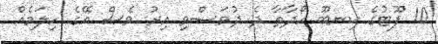
10 ފޫޓުގެ ކިނބޫ ހޯދާތާ ދެ ދުވަސްވި އިރު ވެސް އޭގެ ހިލަމެއް